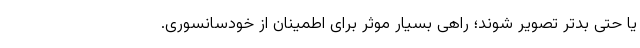
یا حتی بدتر تصویر شوند؛ راهی بسیار موثر برای اطمینان از خودسانسوری.